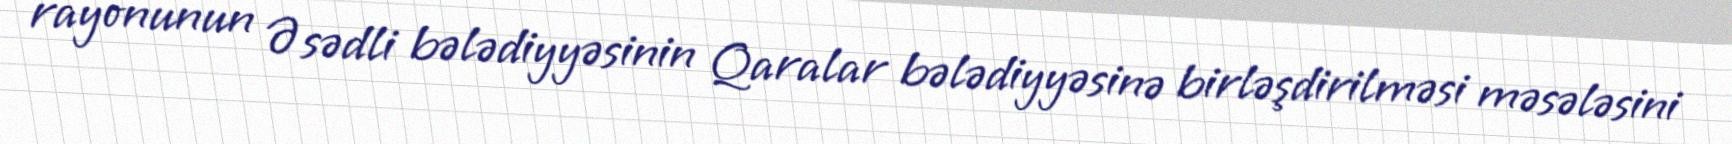
rayonunun Əsədli bələdiyyəsinin Qaralar bələdiyyəsinə birləşdirilməsi məsələsini